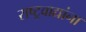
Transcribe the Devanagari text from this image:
राष्ट्रवाद्यांना